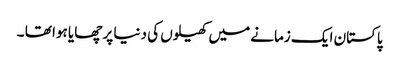
پاکستان ایک زمانے میں کھیلوں کی دنیا پر چھایا ہوا تھا ۔